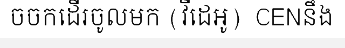
ចចកដើរចូលមក (វីដេអូ)  CENនឹង